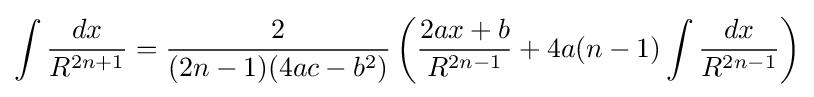
\int {\frac {dx}{R^{2n+1}}}={\frac {2}{(2n-1)(4ac-b^{2})}}\left({\frac {2ax+b}{R^{2n-1}}}+4a(n-1)\int {\frac {dx}{R^{2n-1}}}\right)